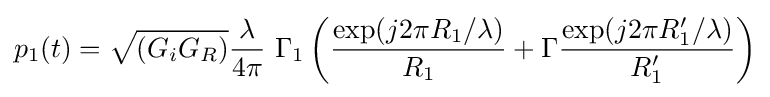
p_{1}(t)={\sqrt {(G_{i}G_{R})}}{\frac {\lambda }{4\pi }}~\Gamma _{1}\left({\frac {\exp(j2\pi R_{1}/\lambda )}{R_{1}}}+\Gamma {\frac {\exp(j2\pi R_{1}'/\lambda )}{R_{1}'}}\right)